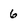
Character: 6